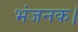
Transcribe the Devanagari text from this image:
भंजनक।